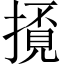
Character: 𢴓